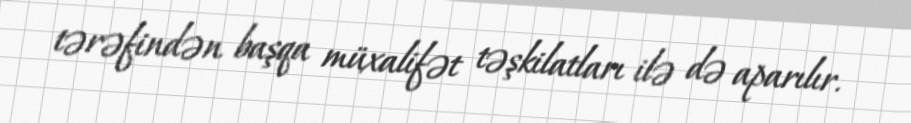
tərəfindən başqa müxalifət təşkilatları ilə də aparılır.